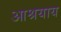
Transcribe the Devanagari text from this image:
आश्रयाय